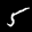
Label: 5